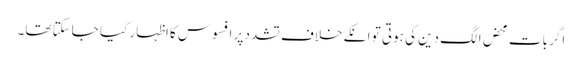
اگر بات محض الگ دین کی ہوتی تو انکے خلاف تشدد پر افسوس کا اظہار کیا جاسکتا تھا۔